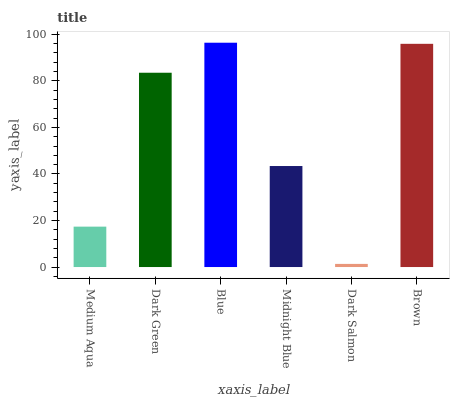
| xaxis_label | bars |
 | --- | --- |
 | Medium Aqua | 17.4 |
 | Dark Green | 83.5 |
 | Blue | 96.4 |
 | Midnight Blue | 43.4 |
 | Dark Salmon | 1.35 |
 | Brown | 95.9 |